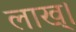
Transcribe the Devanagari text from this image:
लाख्।